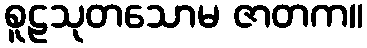
စူဠသုတသောမ ဇာတက။